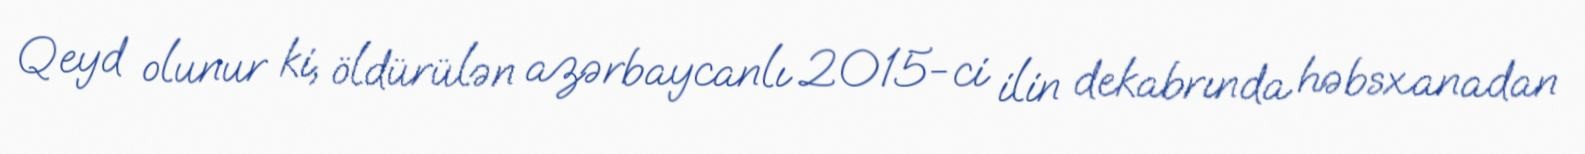
Qeyd olunur ki, öldürülən azərbaycanlı 2015-ci ilin dekabrında həbsxanadan